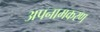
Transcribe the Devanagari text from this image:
अपनामकरण